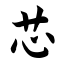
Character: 芯